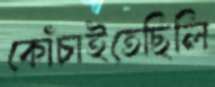
কোঁচাইতেছিলি